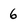
Character: 6